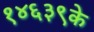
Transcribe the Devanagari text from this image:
१४६३९के